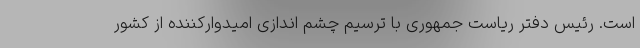
است. رئیس دفتر ریاست جمهوری با ترسیم چشم اندازی امیدوارکننده از کشور